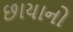
છાયાનો